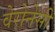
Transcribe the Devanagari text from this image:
वेरोनेसी